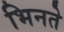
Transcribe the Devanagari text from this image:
भिनते